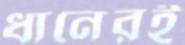
ধানেরই